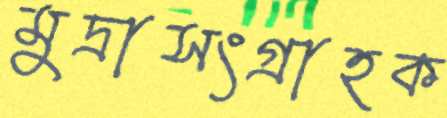
মুদ্রাসংগ্রাহক